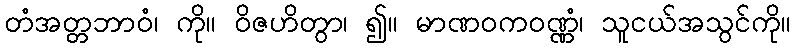
တံအတ္တဘာဝံ၊ ကို။ ဝိဇဟိတွာ၊ ၍။ မာဏဝကဝဏ္ဏံ၊ သူငယ်အသွင်ကို။